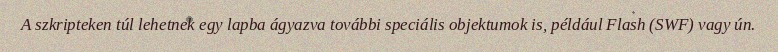
A szkripteken túl lehetnek egy lapba ágyazva további speciális objektumok is, például Flash (SWF) vagy ún.